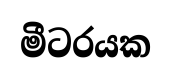
මීටරයක